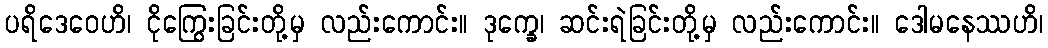
ပရိဒေဝေဟိ၊ ငိုကြွေးခြင်းတို့မှ လည်းကောင်း။ ဒုက္ခေ၊ ဆင်းရဲခြင်းတို့မှ လည်းကောင်း။ ဒေါမနေဿဟိ၊